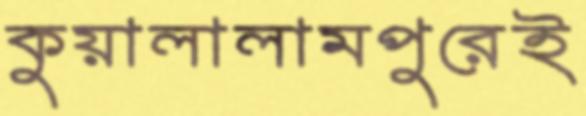
কুয়ালালামপুরেই